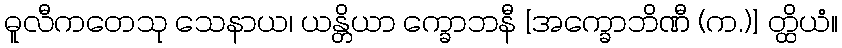
ဓူလီကတေသု သေနာယ၊ ယန္တိယာ က္ခောဘနီ [အက္ခောဘိဏီ (က.)] တ္ထိယံ။